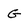
Character: G